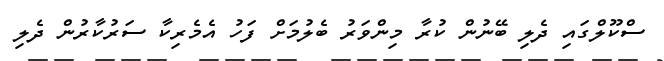
ސްކޫލްގައި ދެލި ބޭނުން ކުރާ މިންވަރު ބެލުމަށް ފަހު އެމެރިކާ ސަރުކާރުން ދެލި